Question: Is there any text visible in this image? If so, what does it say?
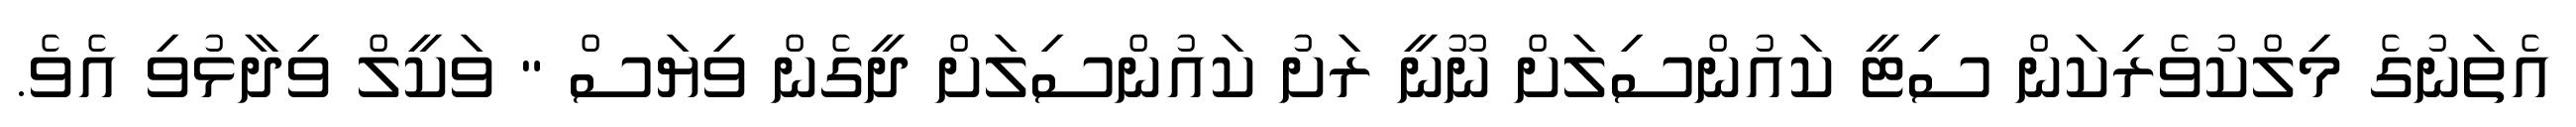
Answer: އެތަނުގެ މިލްކުވެރިކަން ސިޓީ ކައުންސިލަށް ނޫނީ ރަށު ކައުންސިލަށް ދީގެން ވިޔަސް " ވަކީލް ވިދާޅުވި އެވެ.